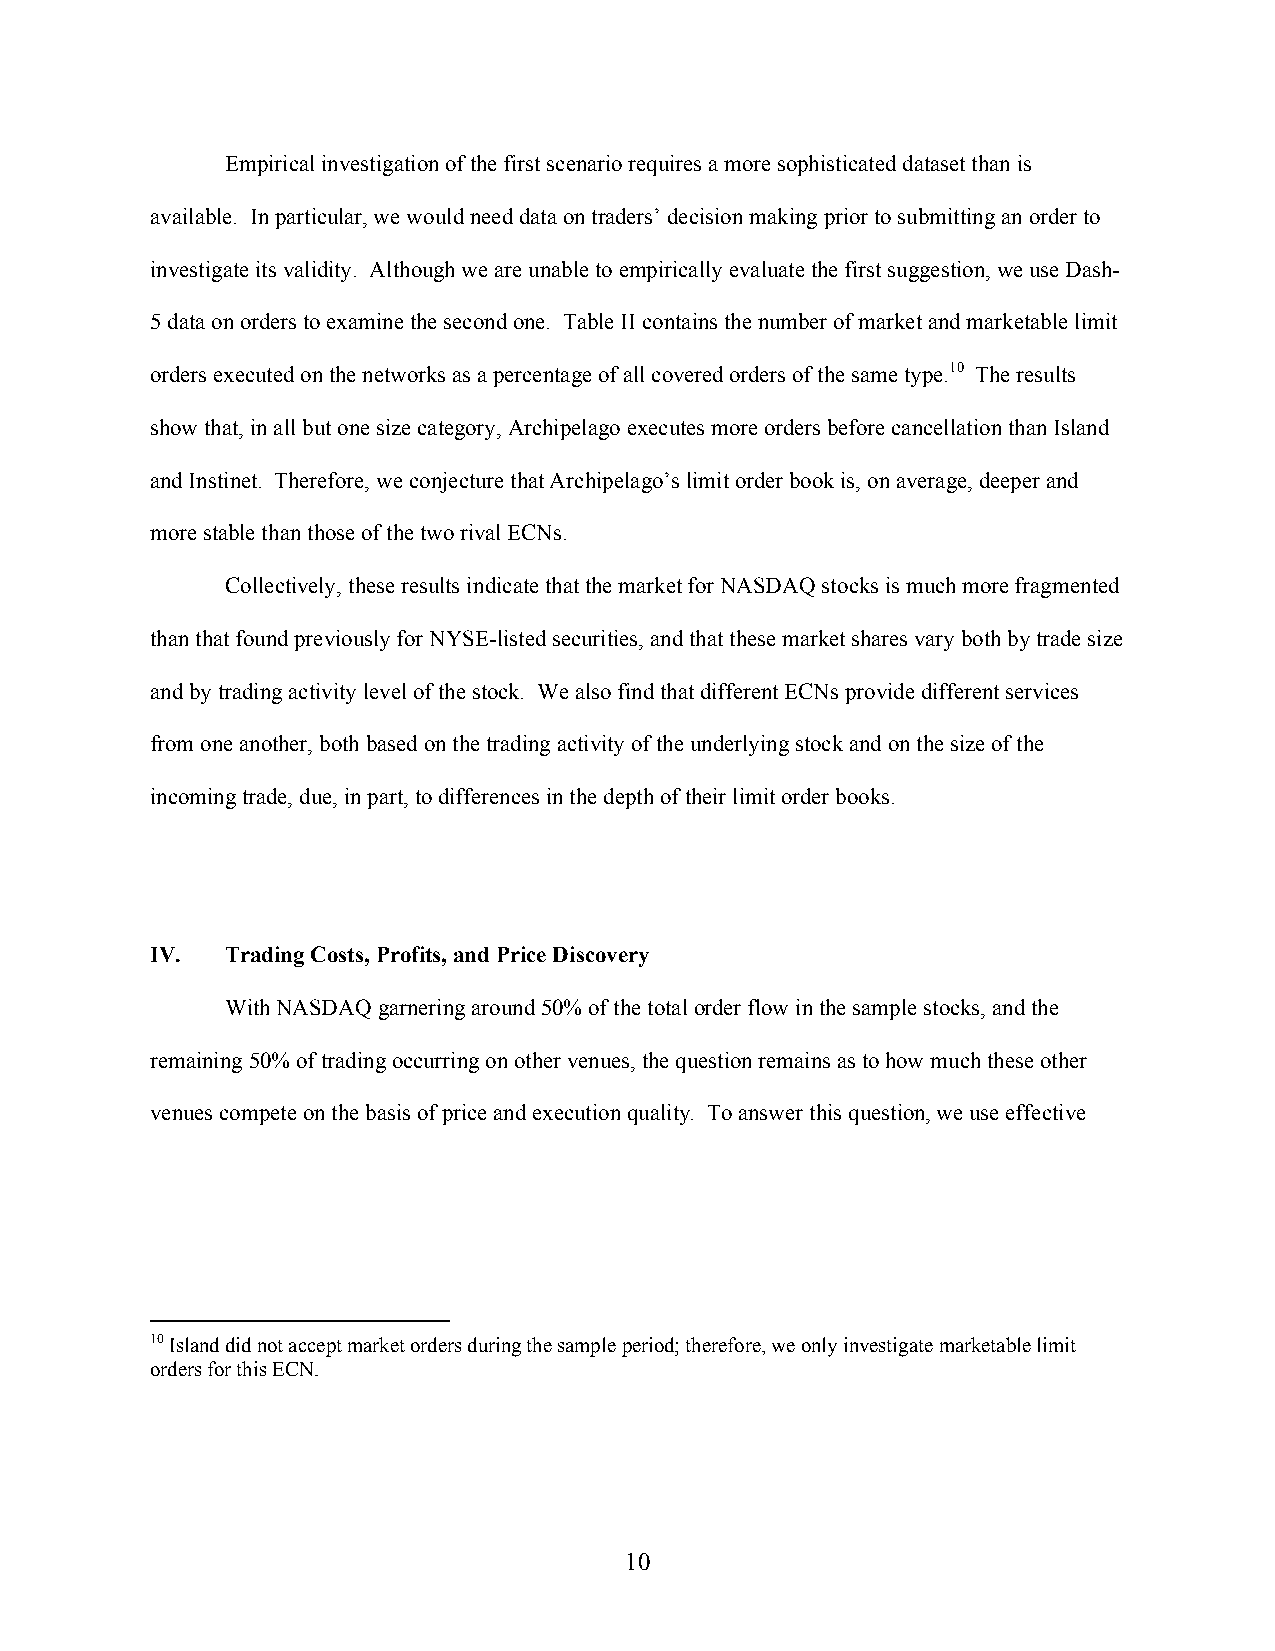
Empirical investigation of the first scenario requires a more sophisticated dataset than is
 available. In particular, we would need data on traders’ decision making prior to submitting an order to
 investigate its validity. Although we are unable to empirically evaluate the first suggestion, we use Dash-
 5 data on orders to examine the second one. Table II contains the number of market and marketable limit
 orders executed on the networks as a percentage of all covered orders of the same type.10 The results
 show that, in all but one size category, Archipelago executes more orders before cancellation than Island
 and Instinet. Therefore, we conjecture that Archipelago’s limit order book is, on average, deeper and
 more stable than those of the two rival ECNs.
 Collectively, these results indicate that the market for NASDAQ stocks is much more fragmented
 than that found previously for NYSE-listed securities, and that these market shares vary both by trade size
 and by trading activity level of the stock. We also find that different ECNs provide different services
 from one another, both based on the trading activity of the underlying stock and on the size of the
 incoming trade, due, in part, to differences in the depth of their limit order books.
 IV.  Trading Costs, Profits, and Price Discovery
 With NASDAQ garnering around 50% of the total order flow in the sample stocks, and the
 remaining 50% of trading occurring on other venues, the question remains as to how much these other
 venues compete on the basis of price and execution quality. To answer this question, we use effective
 10 Island did not accept market orders during the sample period; therefore, we only investigate marketable limit
 orders for this ECN.
 10